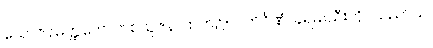
ယောဇနမတ္ထကေ၊ တစ်ယူဇနာထက်၌။ ဝါတိင်္ဂဏံ၊ ခရမ်းသီးကို။ သညာယ၊